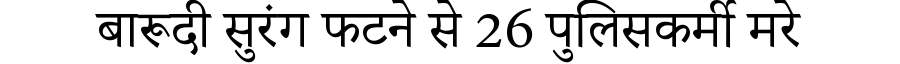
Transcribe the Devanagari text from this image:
बारूदी सुरंग फटने से 26 पुलिसकर्मी मरे